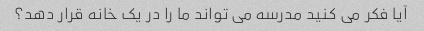
آیا فکر می کنید مدرسه می تواند ما را در یک خانه قرار دهد؟